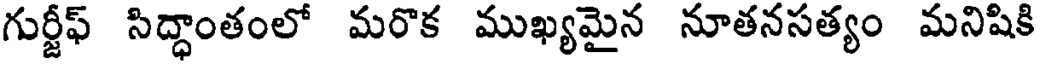
గుర్జీఫ్ సిద్ధాంతంలో మరొక ముఖ్యమైన నూతనసత్యం మనిషికి